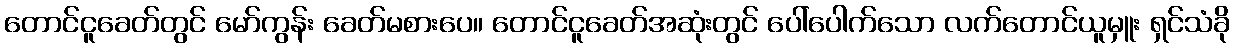
တောင်ငူခေတ်တွင် မော်ကွန်း ခေတ်မစားပေ။ တောင်ငူခေတ်အဆုံးတွင် ပေါ်ပေါက်သော လက်တောင်ယူမှူး ရှင်သံခို